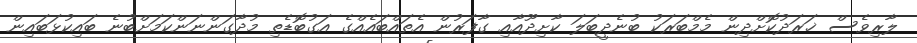
ލާރިވެސް ޚަރަދުކޮށްދިން މެމްބަރަކު ބުނެދީބަލަ ކާށިދޫއާއި ގާފަރުން އެތައްބައެއްގެ އަގުބޮޑެތި މުދާގަންނަންކަމަށްބުނެ ބައިކުޅަބައިން